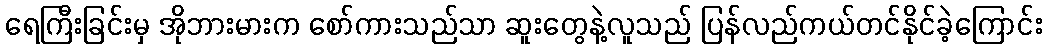
ရေကြီးခြင်းမှ အိုဘားမားက စော်ကားသည်သာ ဆူးတွေနဲ့လူသည် ပြန်လည်ကယ်တင်နိုင်ခဲ့ကြောင်း